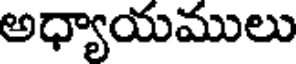
అధ్యాయములు